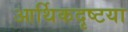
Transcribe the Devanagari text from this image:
आर्थिकदृष्टया